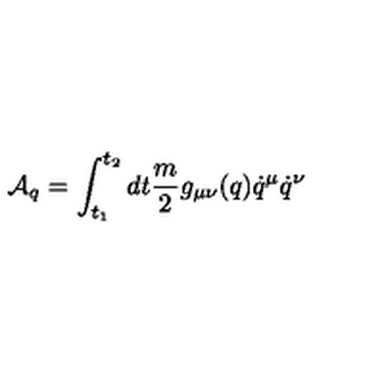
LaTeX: { \cal A } _ { q } = \int _ { t _ { 1 } } ^ { t _ { 2 } } d t \frac { m } { 2 } g _ { \mu \nu } ( q ) \dot { q } ^ { \mu } \dot { q } ^ { \nu }